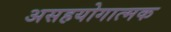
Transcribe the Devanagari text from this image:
असहयोगात्मक